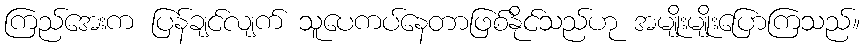
ကြည်အေးက ပြန်ချင်လျက် သူပေကပ်နေတာဖြစ်နိုင်သည်ဟု အမျိုးမျိုးပြောကြသည်။